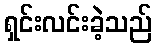
ရှင်းလင်းခဲ့သည်